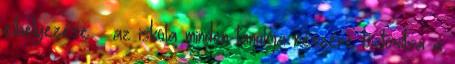
elhelyezése  az iskola minden tanulója részére biztosítsa a